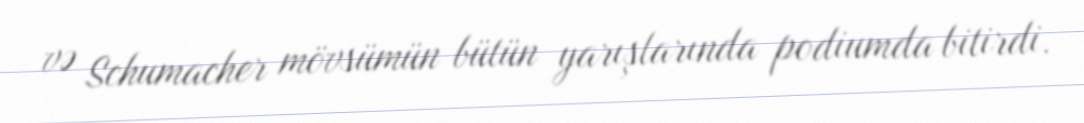
və Schumacher mövsümün bütün yarışlarında podiumda bitirdi.